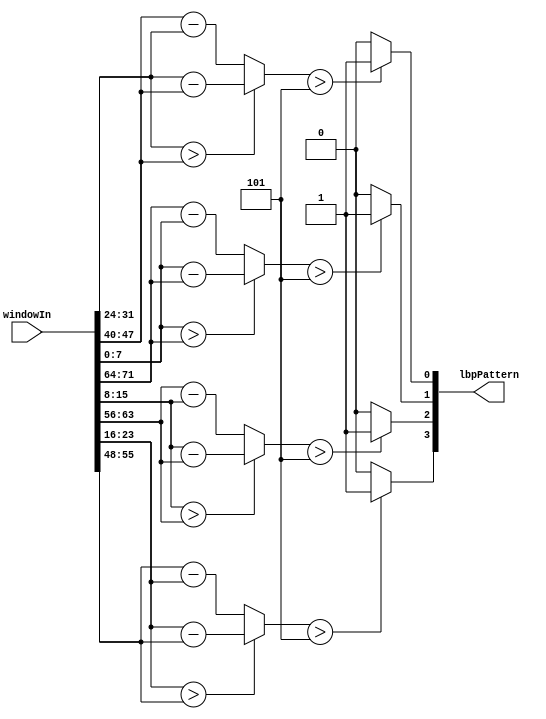
module cs_lbp(windowIn,lbpPattern); // 3x3 Center Symetric LBP Patterns

	parameter inputWidth=8;
	parameter threshold=5;
	
	input[inputWidth*9-1:0] windowIn; 

	wire[inputWidth-1:0] win[0:8];
	wire[7:0] comparisonString[0:8];

	output [3:0] lbpPattern;
	
	generate

	// Make comparisons and compute LBP pattern

	genvar i;
	genvar j;		
			
		for(i=0;i<9;i=i+1)begin: winExtract
			assign win[i] = windowIn[(i*inputWidth)+inputWidth-1:(i*inputWidth)];
		end

	endgenerate

	assign comparisonString[0] = (win[3]>win[5]) ? win[3]-win[5] : win[5]-win[3];
	assign comparisonString[1] = (win[0]>win[8]) ? win[0]-win[8] : win[8]-win[0];
	assign comparisonString[2] = (win[1]>win[7]) ? win[1]-win[7] : win[7]-win[1];
	assign comparisonString[3] = (win[2]>win[6]) ? win[2]-win[6] : win[6]-win[2];

	assign lbpPattern[0] = (comparisonString[0] > threshold) ? 1'b1 : 1'b0;
	assign lbpPattern[1] = (comparisonString[1] > threshold) ? 1'b1 : 1'b0;
	assign lbpPattern[2] = (comparisonString[2] > threshold) ? 1'b1 : 1'b0;
	assign lbpPattern[3] = (comparisonString[3] > threshold) ? 1'b1 : 1'b0;
	
endmodule